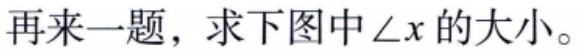
再来一题，求下图中\(\angle x\)的大小。